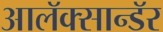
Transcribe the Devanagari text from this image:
आलॅक्सान्डॅर